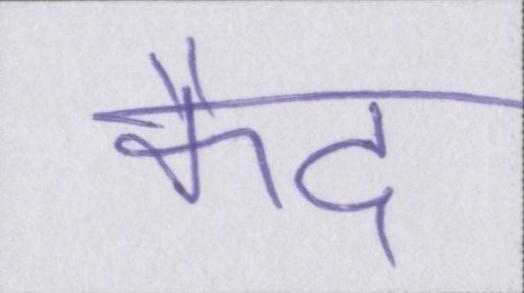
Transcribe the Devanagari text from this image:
कैद